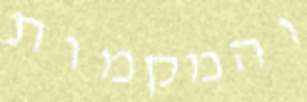
והמקמות